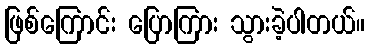
ဖြစ်ကြောင်း ပြောကြား သွားခဲ့ပါတယ်။